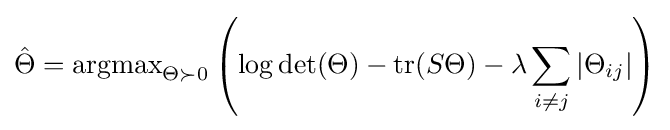
{\hat {\Theta }}=\operatorname {argmax} _{\Theta \succ 0}\left(\log \det(\Theta )-\operatorname {tr} (S\Theta )-\lambda \sum _{i\neq j}|\Theta _{ij}|\right)